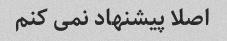
اصلا پیشنهاد نمی کنم